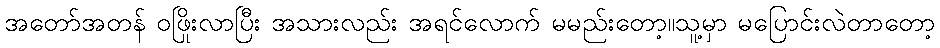
အတော်အတန် ဝဖြိုးလာပြီး အသားလည်း အရင်လောက် မမည်းတော့။သူ့မှာ မပြောင်းလဲတာတော့